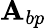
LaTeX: \mathbf{A}_{bp}